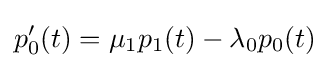
p_{0}^{\prime }(t)=\mu _{1}p_{1}(t)-\lambda _{0}p_{0}(t)